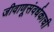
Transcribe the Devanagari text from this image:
जीवाणूसंवर्धकाची